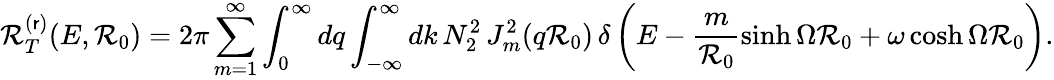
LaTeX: \mathcal{R}_{T}^{(\mathsf{r})}(E,\mathcal{R}_{0})=2\pi\sum_{m=1}^{\infty}\int_{0}^{\infty}dq\int_{-\infty}^{\infty}dk\, N_{2}^{2}\, J_{m}^{2}(q\mathcal{R}_{0})\, \delta\left(E-\frac{{m}}{{\mathcal{R}_{0}}}\sinh\Omega\mathcal{R}_{0}+\omega\cosh\Omega\mathcal{R}_{0}\right).